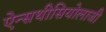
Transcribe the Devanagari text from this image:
ऐन्सथीसियोलाजी